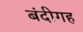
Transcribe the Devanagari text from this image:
बंदीगह